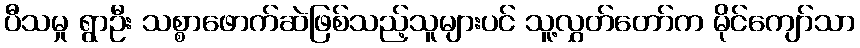
ပီသမှု ရွာဦး သစ္စာဖောက်ဆဲဖြစ်သည့်သူများပင် သူ့လွှတ်တော်က မိုင်ကျော်သာ